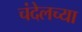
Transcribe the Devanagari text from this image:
चंदेलच्या